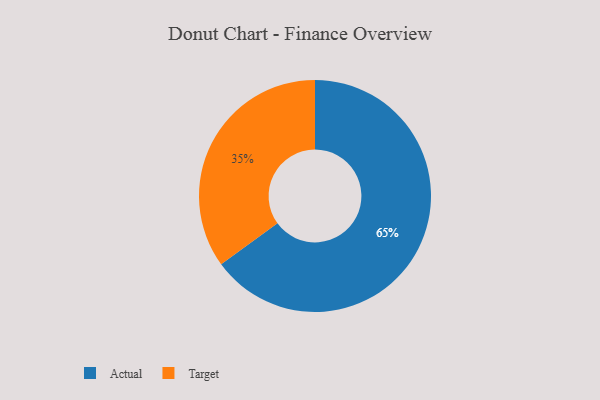
{"axis": {"x": "Category", "y": "Percentage"}, "legend": ["Actual", "Target"], "data": [{"x": "Target", "y": 35, "type": "Target"}, {"x": "Actual", "y": 65, "type": "Actual"}]}